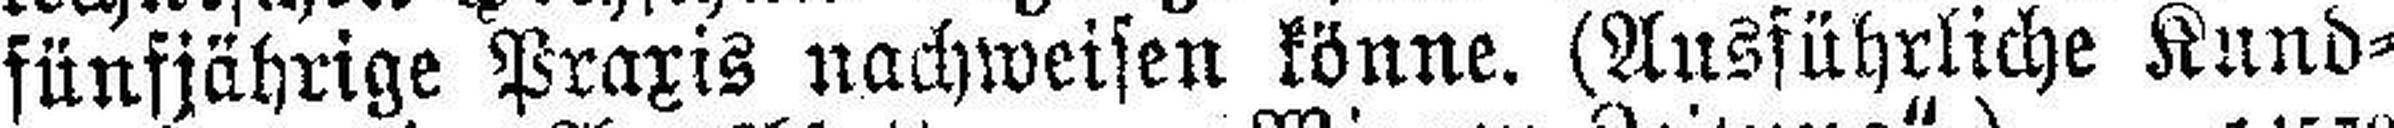
fünfjährige Praxis Nachweisen könne. (Ausführliche Kund¬